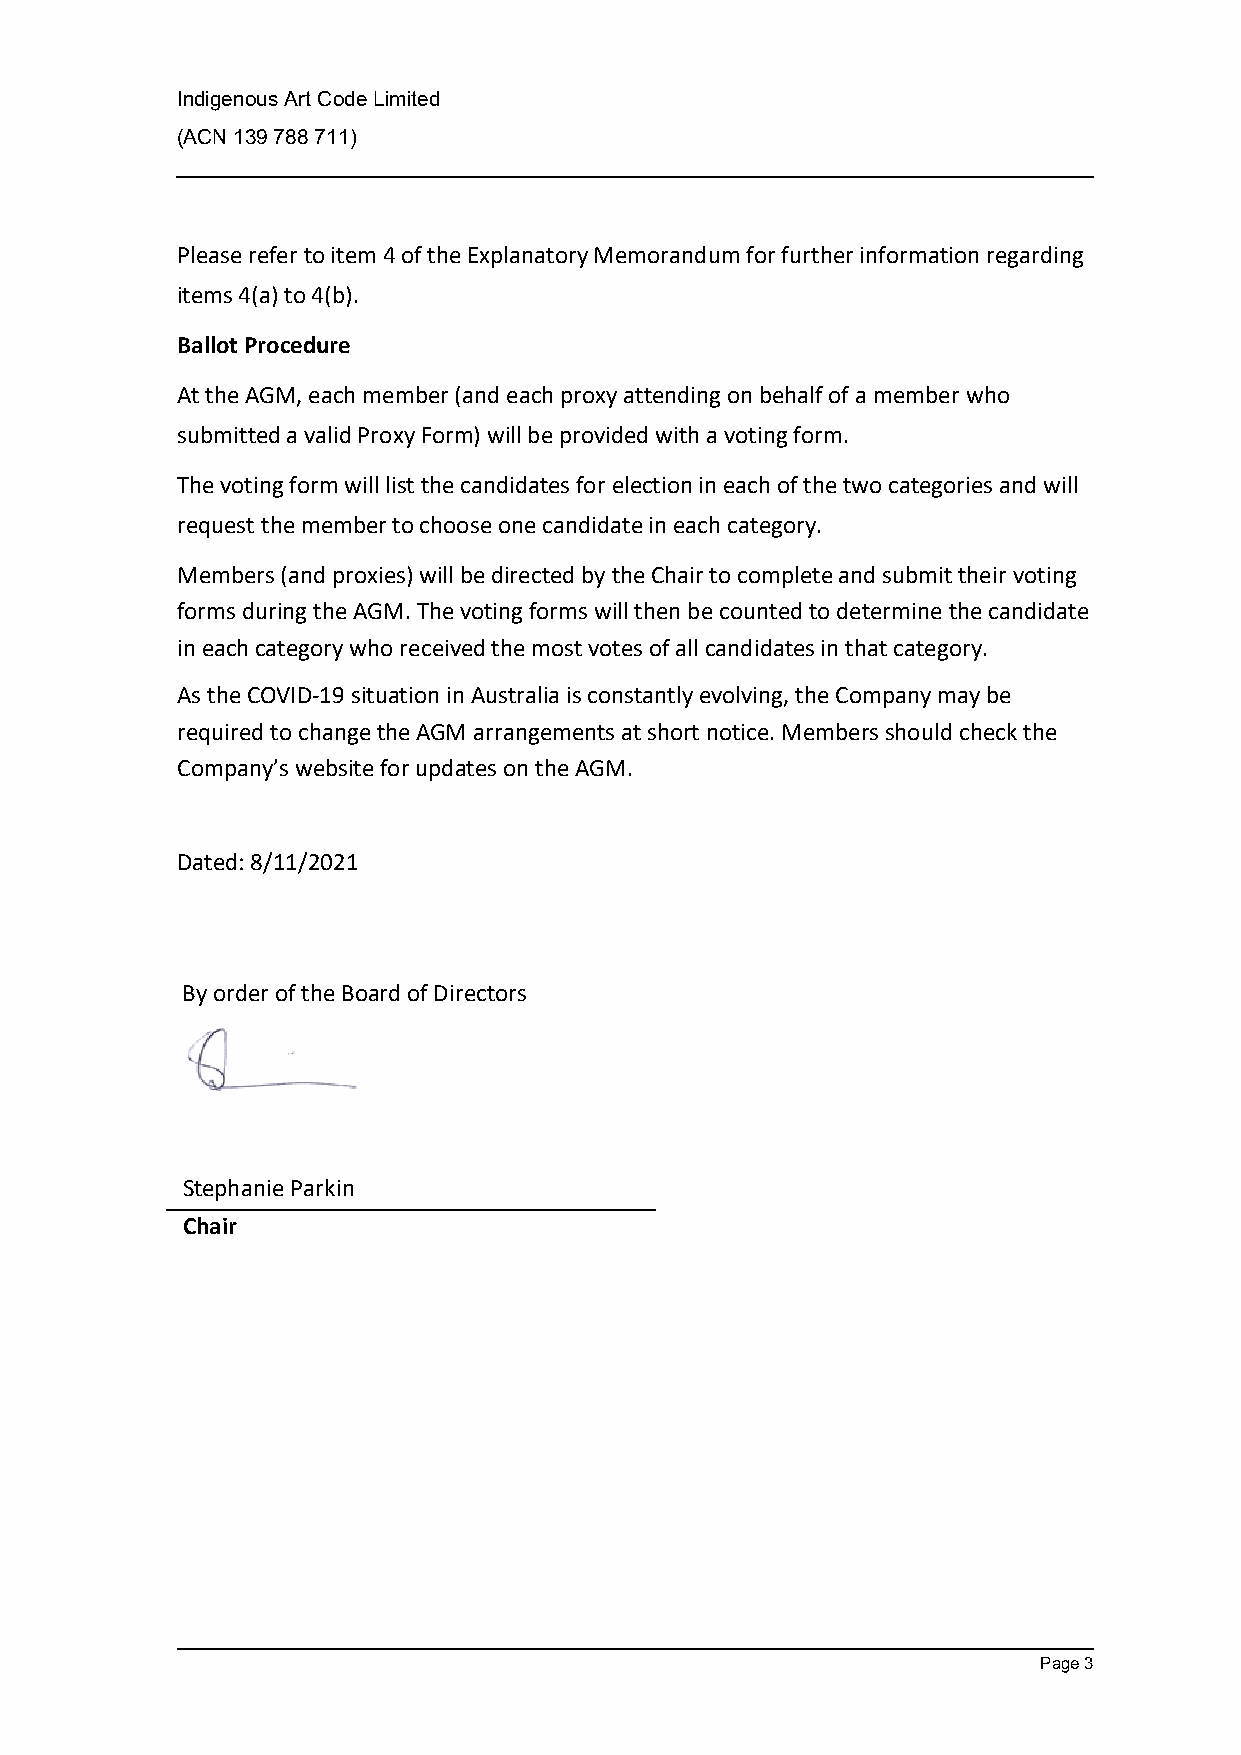
Indigenous Art Code Limited
 (ACN 139 788 711)
 Please refer to item 4 of the Explanatory Memorandum for further information regarding
 items 4(a) to 4(b).
 Ballot Procedure
 At the AGM, each member (and each proxy attending on behalf of a member who
 submitted a valid Proxy Form) will be provided with a voting form.
 The voting form will list the candidates for election in each of the two categories and will
 request the member to choose one candidate in each category.
 Members (and proxies) will be directed by the Chair to complete and submit their voting
 forms during the AGM. The voting forms will then be counted to determine the candidate
 in each category who received the most votes of all candidates in that category.
 As the COVID-19 situation in Australia is constantly evolving, the Company may be
 required to change the AGM arrangements at short notice. Members should check the
 Company’s website for updates on the AGM.
 Dated: 8/11/2021
 By order of the Board of Directors
 Stephanie Parkin
 Chair
 Page 3